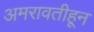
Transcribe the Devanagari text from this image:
अमरावतीहून